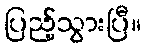
ပြည့်သွားပြီ။